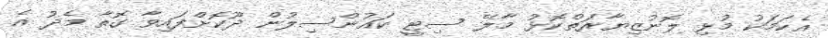
އެކަމަކު މުޅި ލޮނުޒިޔާރަތްކޮޅު މާލޭ ސިޓީ ކައުންސިލުން ދޫކޮށްފައިވާ ގޮތާ މެދު އެ